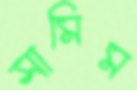
সামিম